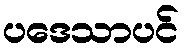
ပဒေသာပင်